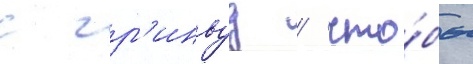
с гр'инвуд / что́бы